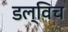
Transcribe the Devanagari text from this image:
डल्विच